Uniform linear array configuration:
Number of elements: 12
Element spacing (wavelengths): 0.75
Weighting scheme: uniform
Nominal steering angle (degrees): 30
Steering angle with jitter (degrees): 28.809
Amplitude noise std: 0.05
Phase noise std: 0.05

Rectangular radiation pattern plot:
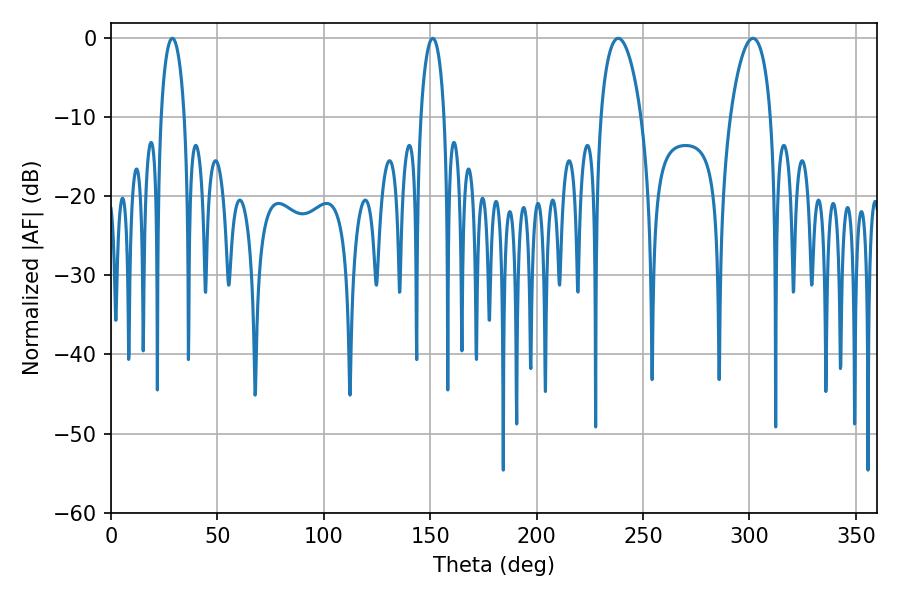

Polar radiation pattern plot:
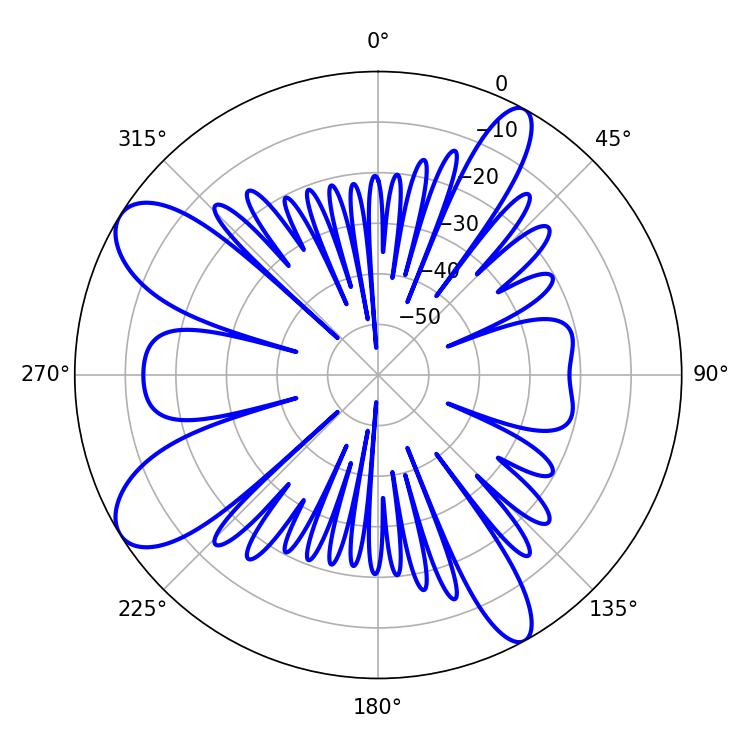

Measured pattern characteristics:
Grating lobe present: TRUE
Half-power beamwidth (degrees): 10.62
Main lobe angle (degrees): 238.32